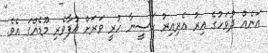
އަނެއް ދުވަހުގެ އިރު އެރިއިރު ހަސީނާ ހުރީ ވަރަށް އުފާވެރި މޫޑެއްގަ އެވެ.